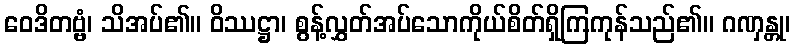
ဝေဒိတဗ္ဗံ၊ သိအပ်၏။ ဝိဿဋ္ဌာ၊ စွန့်လွှတ်အပ်သောကိုယ်စိတ်ရှိကြကုန်သည်၏။ ဂဏှန္တု၊